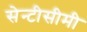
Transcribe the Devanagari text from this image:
सेन्टीसीमी